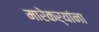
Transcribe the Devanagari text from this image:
मारेकर्यांना